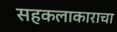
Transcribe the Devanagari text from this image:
सहकलाकाराचा